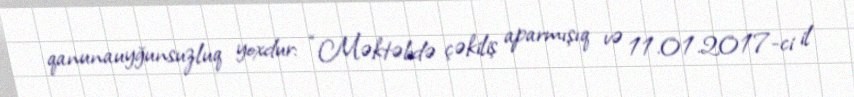
qanunauyğunsuzluq yoxdur: “Məktəbdə çəkiliş aparmışıq və 11.01.2017-ci il